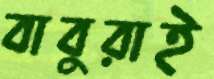
বাবুরাই